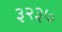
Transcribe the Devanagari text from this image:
३२३७